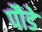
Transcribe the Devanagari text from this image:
पौडे